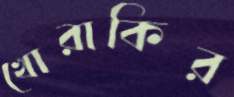
খোরাকির